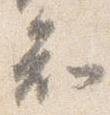
知